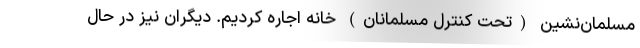
مسلمان‌نشین (تحت کنترل مسلمانان) خانه اجاره کردیم. دیگران نیز در حال